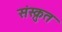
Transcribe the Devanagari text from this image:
संस्क्रुत